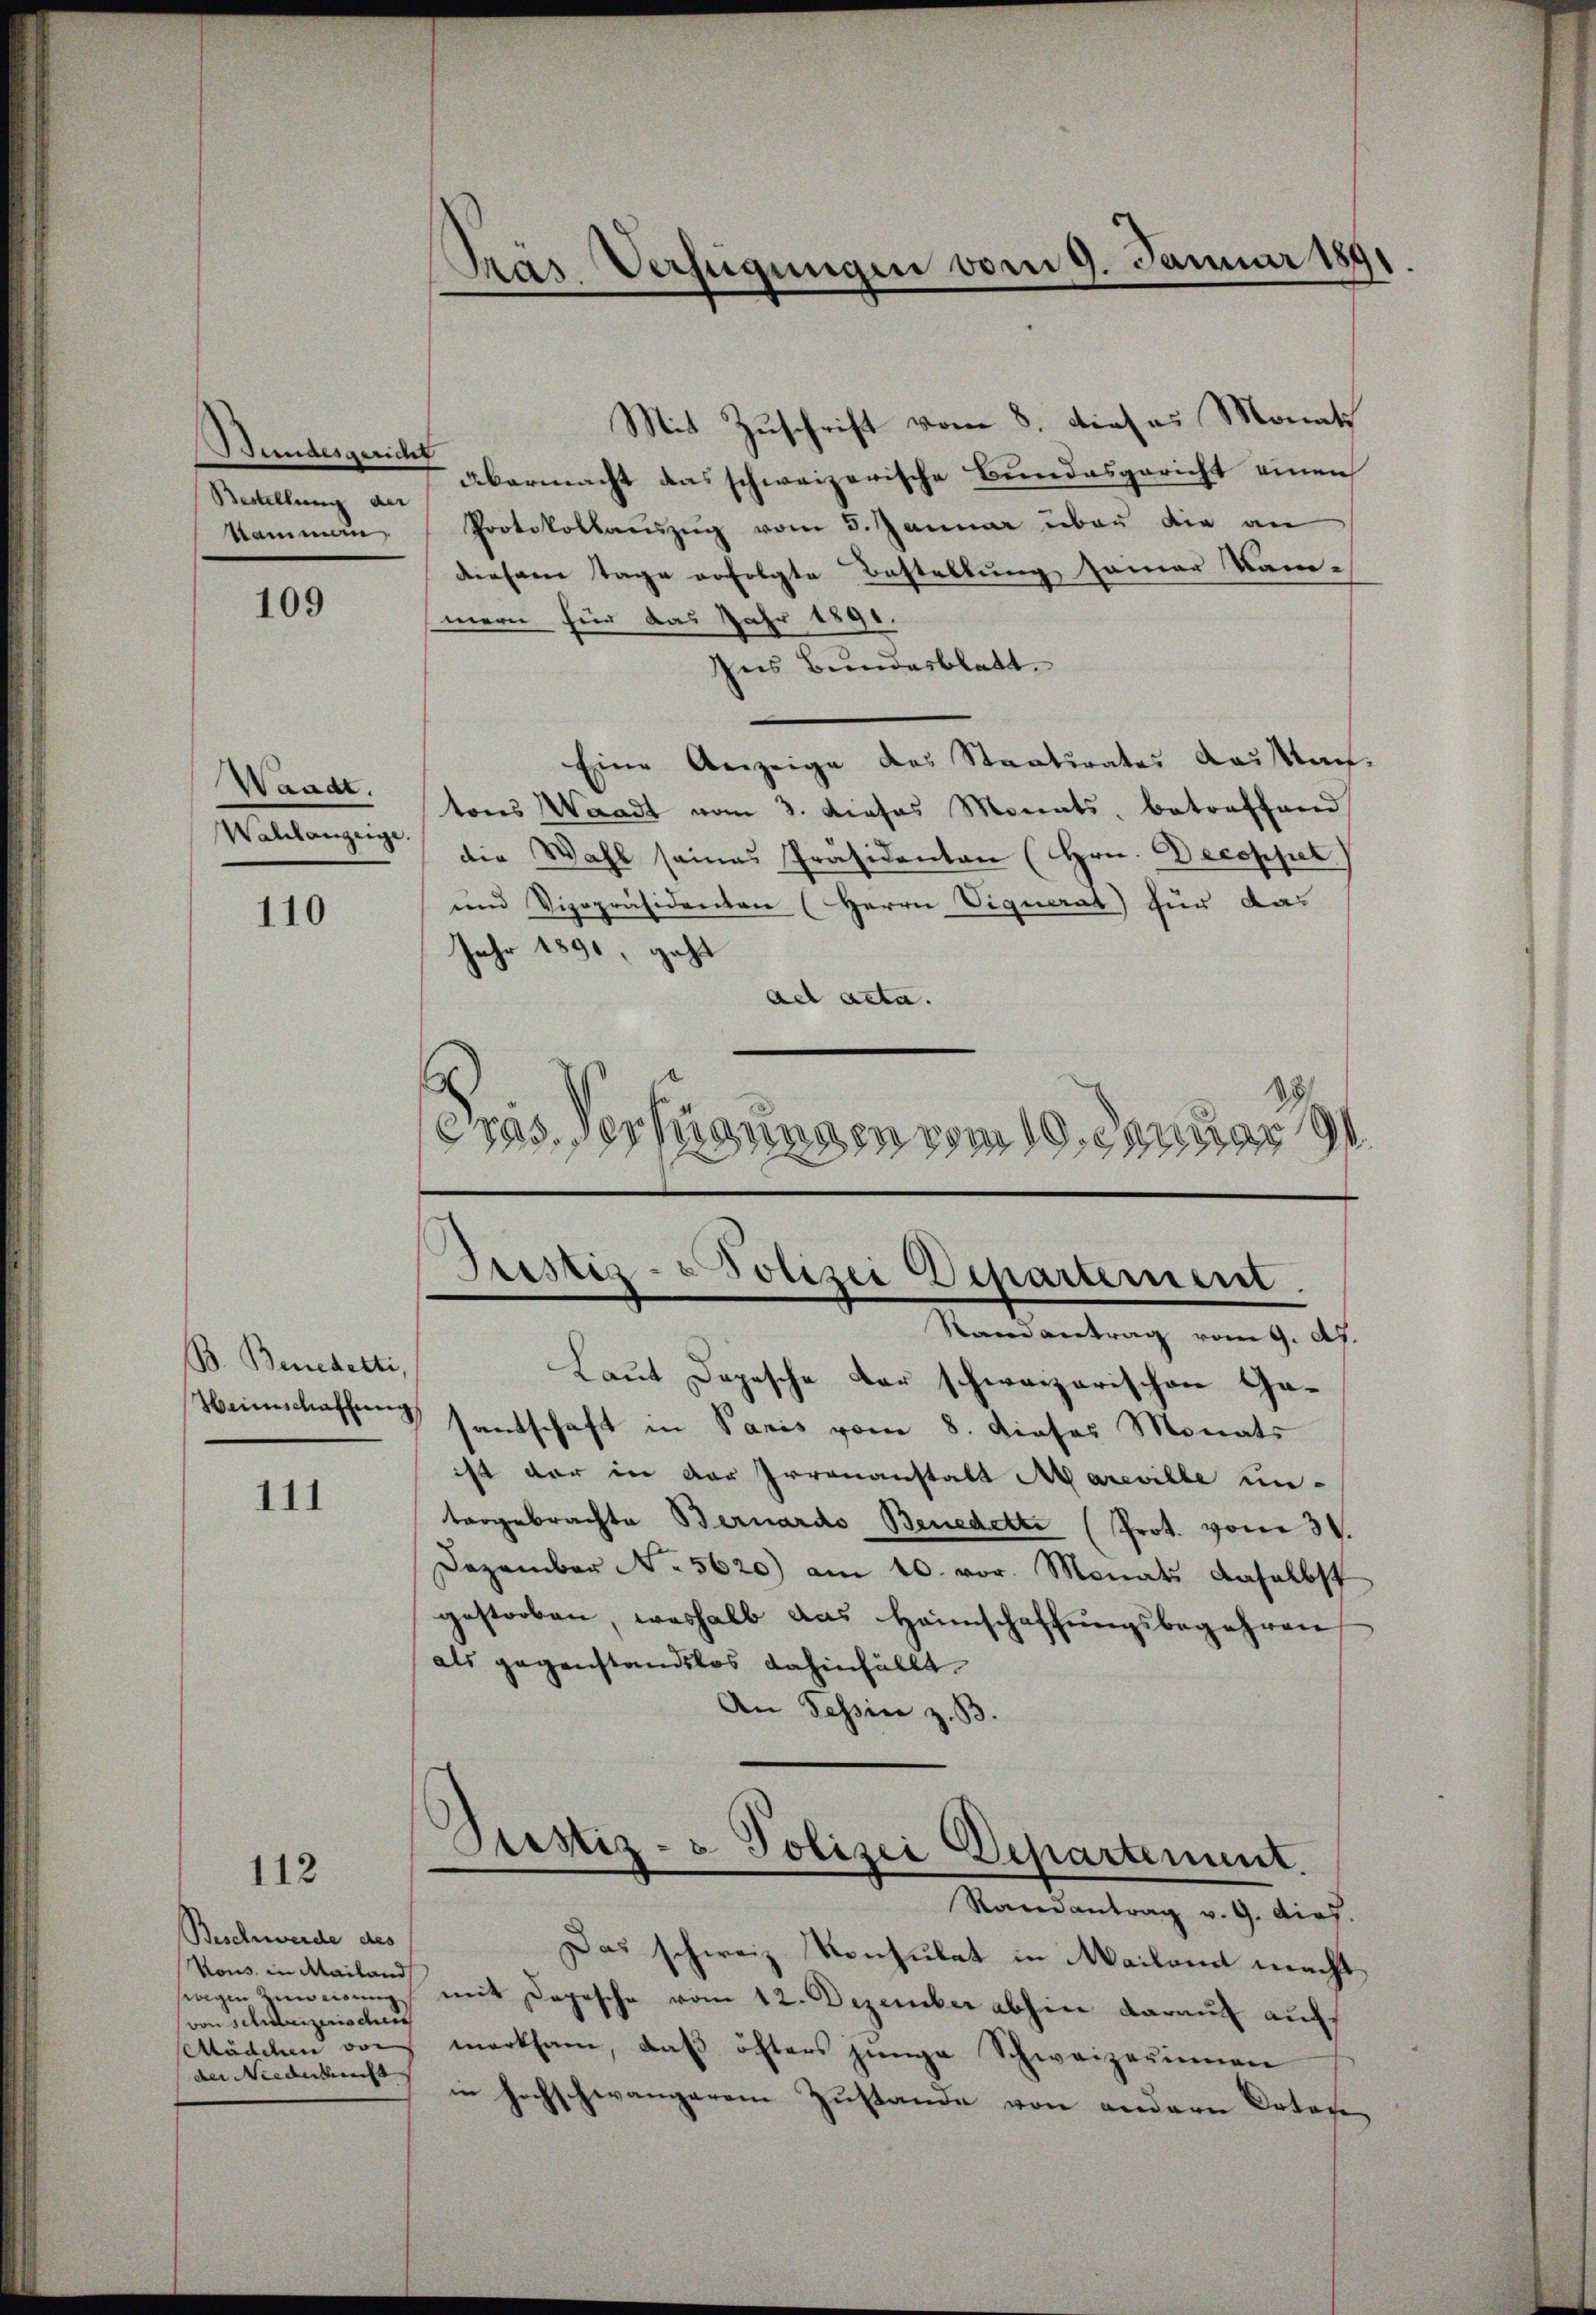
Bundesgericht
Bestellung der

109

Waadt.
Walchanzeige.

110

B. Benedetti,

111

112

Beschwerde des
Kous in Mailand
swegen Zuweisung,
von Schreizerischen
Mädchen von
der Niederkunft |

Prar Verfügungen vom 9. Januar 1891

Mit Zuschrift vom 8. dieses Monats
übermacht das schweizerische Bundesgericht einen
Nammann Protokollauszug vom 5. Januar über die an
diesem Tage erfolgte Bestellung seiner Kam-
mern für das Jahr 1890.
Ins Bundesblatt.
Eine Anzeige des Staatsrates Kausan-
tons Waadt vom 3. Dieses Monats, betreffend
die Wahl seines Präsidenten (Hrn. Decoppel
und Vizepräsidenten (Herrn Vignerat für das
Jahr 1890, geht
ad acta.
.
eras verfügungen vom 10. Januar
.

Grestig - Polizei Departement.
Randantrag vom 9. Ah.

Laut Depesche der schweizerischen Ge¬
Weinschaffungsantschaft in Paris vom 8. dieses Monats
ist der in der Irrenanstalt Mareville un-
targebrachte Bernardo Benedetti (Prot. vom 31.
Dezember No 5620) am 10. vor. Monats daselbst
gestorben, weshalb das Heimschaffungsbegehren
als gegenstandslos dahinfällt.
An Tessin z. B.

Prustiz- & Polizei Departement.

Randantrag v. 9. dief.
Das schweiz. Konsulat in Mailamt macht
mit Depesche vom 12. Dezember abhin darauf auf
merksam, daβ öfters jünge Schweizerinnen
in hochschwängerem Zustande von andern Ortes